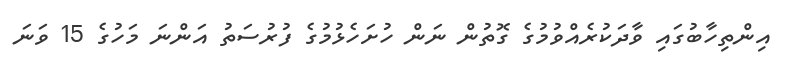
އިންތިހާބުގައި ވާދަކުރެއްވުމުގެ ގޮތުން ނަން ހުށަހެޅުމުގެ ފުރުސަތު އަންނަ މަހުގެ 15 ވަނަ